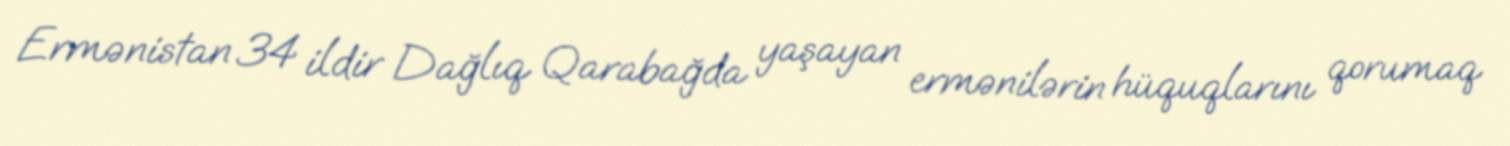
Ermənistan 34 ildir Dağlıq Qarabağda yaşayan ermənilərin hüquqlarını qorumaq